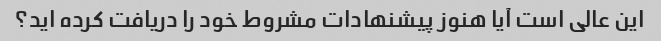
این عالی است آیا هنوز پیشنهادات مشروط خود را دریافت کرده اید؟